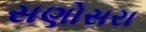
સણોસરા